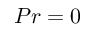
P r = 0